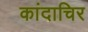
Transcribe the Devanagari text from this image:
कांदाचिर